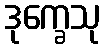
ဒုက္ခေသု